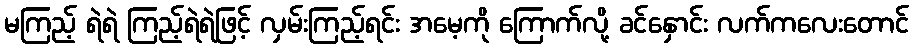
မကြည့် ရဲရဲ ကြည့်ရဲရဲဖြင့် လှမ်းကြည့်ရင်း အမေ့ကို ကြောက်လို့ ခင်နှောင်း လက်ကလေးတောင်